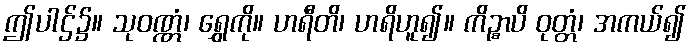
ဤပါဌ်၌။ သုဝဏ္ဏံ၊ ရွှေကို။ ဟရီတိ၊ ဟရိဟူ၍။ ကိဉ္စာပိ ဝုတ္တံ၊ အကယ်၍